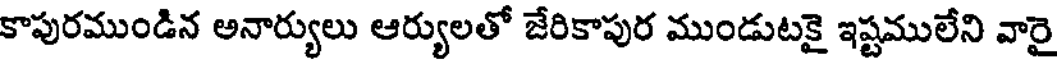
కాపురముండిన అనార్యులు ఆర్యులతో జేరికాపుర ముండుటకై ఇష్టములేని వారై